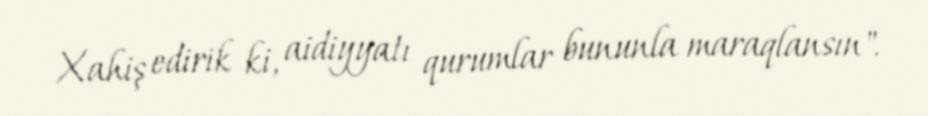
Xahiş edirik ki, aidiyyatı qurumlar bununla maraqlansın".